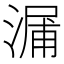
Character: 𣺘